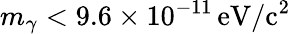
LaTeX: m_{\gamma}<9.6\times 10^{-11}\, \mathrm{eV/c^{2}}